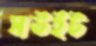
সউইট